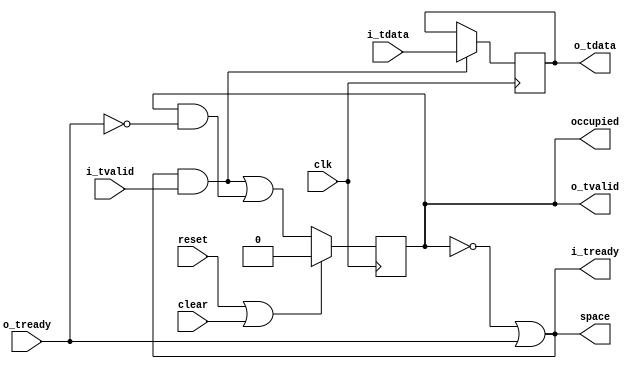
//
// Copyright 2014 Ettus Research LLC
//


//
// Single FIFO (register) with AXI4-STREAM interface
//

module axi_fifo_flop
  #(parameter WIDTH=32)
   (input clk, 
    input reset, 
    input clear,
    input [WIDTH-1:0] i_tdata,
    input i_tvalid,
    output i_tready,
    output reg [WIDTH-1:0] o_tdata,
    output reg o_tvalid,
    input o_tready,
    output space,
    output occupied);

   assign i_tready = ~o_tvalid | o_tready;

   always @(posedge clk)
     if(reset | clear)
       o_tvalid <= 1'b0;
     else
       o_tvalid <= (i_tready & i_tvalid) | (o_tvalid & ~o_tready);

   always @(posedge clk)
     if(i_tvalid & i_tready)
       o_tdata <= i_tdata;

   // These aren't terribly useful, but include them for consistency
   assign space = i_tready;
   assign occupied = o_tvalid;
   
endmodule // axi_fifo_flop